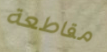
مقاطعة